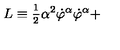
L \equiv \frac { _ 1 } { ^ 2 } \alpha ^ { 2 } \dot { \varphi } ^ { \alpha } \dot { \varphi } ^ { \alpha } +